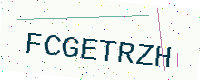
Text: FCGETRZH